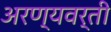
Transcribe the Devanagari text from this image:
अरण्यवर्ती